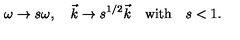
\omega \to s \omega , \quad \vec { k } \to s ^ { 1 / 2 } \vec { k } \quad \mathrm { w i t h } \quad s < 1 .